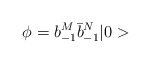
\begin{align*}\phi = b_{-1}^M \bar b_{-1}^N \vert 0>\end{align*}